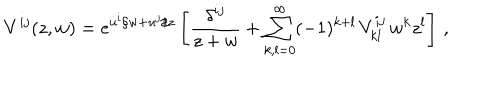
V ^ { i j } ( z , w ) = e ^ { u ^ { i } / w + u ^ { j } / z } \left[ { \frac { \delta ^ { i j } } { z + w } } + \sum _ { k , l = 0 } ^ { \infty } ( - 1 ) ^ { k + l } \, V _ { k l } ^ { i j } \, w ^ { k } z ^ { l } \right] \, ,